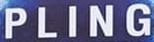
PLING